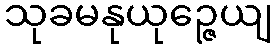
သုခမနုယုဉ္ဇေယျ